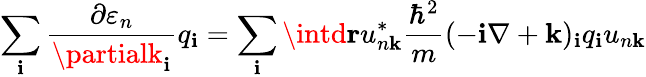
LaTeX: \sum_{\mathbf{i}}{\frac{{\partial\varepsilon_{n}}}{{\partialk_{\mathbf{i}}}}}q_{\mathbf{i}}=\sum_{\mathbf{i}}\intd\mathbf{{r}}u_{n\mathbf{{k}}}^{*}{\frac{{\hbar^{2}}}{{m}}}(-\mathbf{i}\nabla+\mathbf{{k}})_{\mathbf{i}}q_{\mathbf{i}}u_{n\mathbf{{k}}}